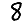
Digit: 8